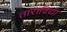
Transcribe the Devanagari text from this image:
ताराविद्या